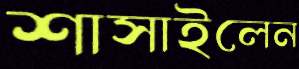
শাসাইলেন